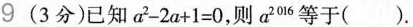
9 (3分)已知$$a ^ { 2 } - 2 a + 1 = 0$$，则a^{2016}等于().